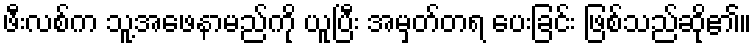
ဖီးလစ်က သူ့အဖေနာမည်ကို ယူပြီး အမှတ်တရ ပေးခြင်း ဖြစ်သည်ဆို၏။